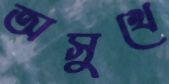
অসুখে